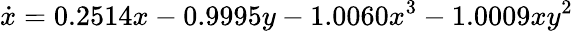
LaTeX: \dot{x}=0.2514x-0.9995y-{1.0060x}^{3}-1.0009xy^{2}